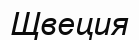
Щвеция